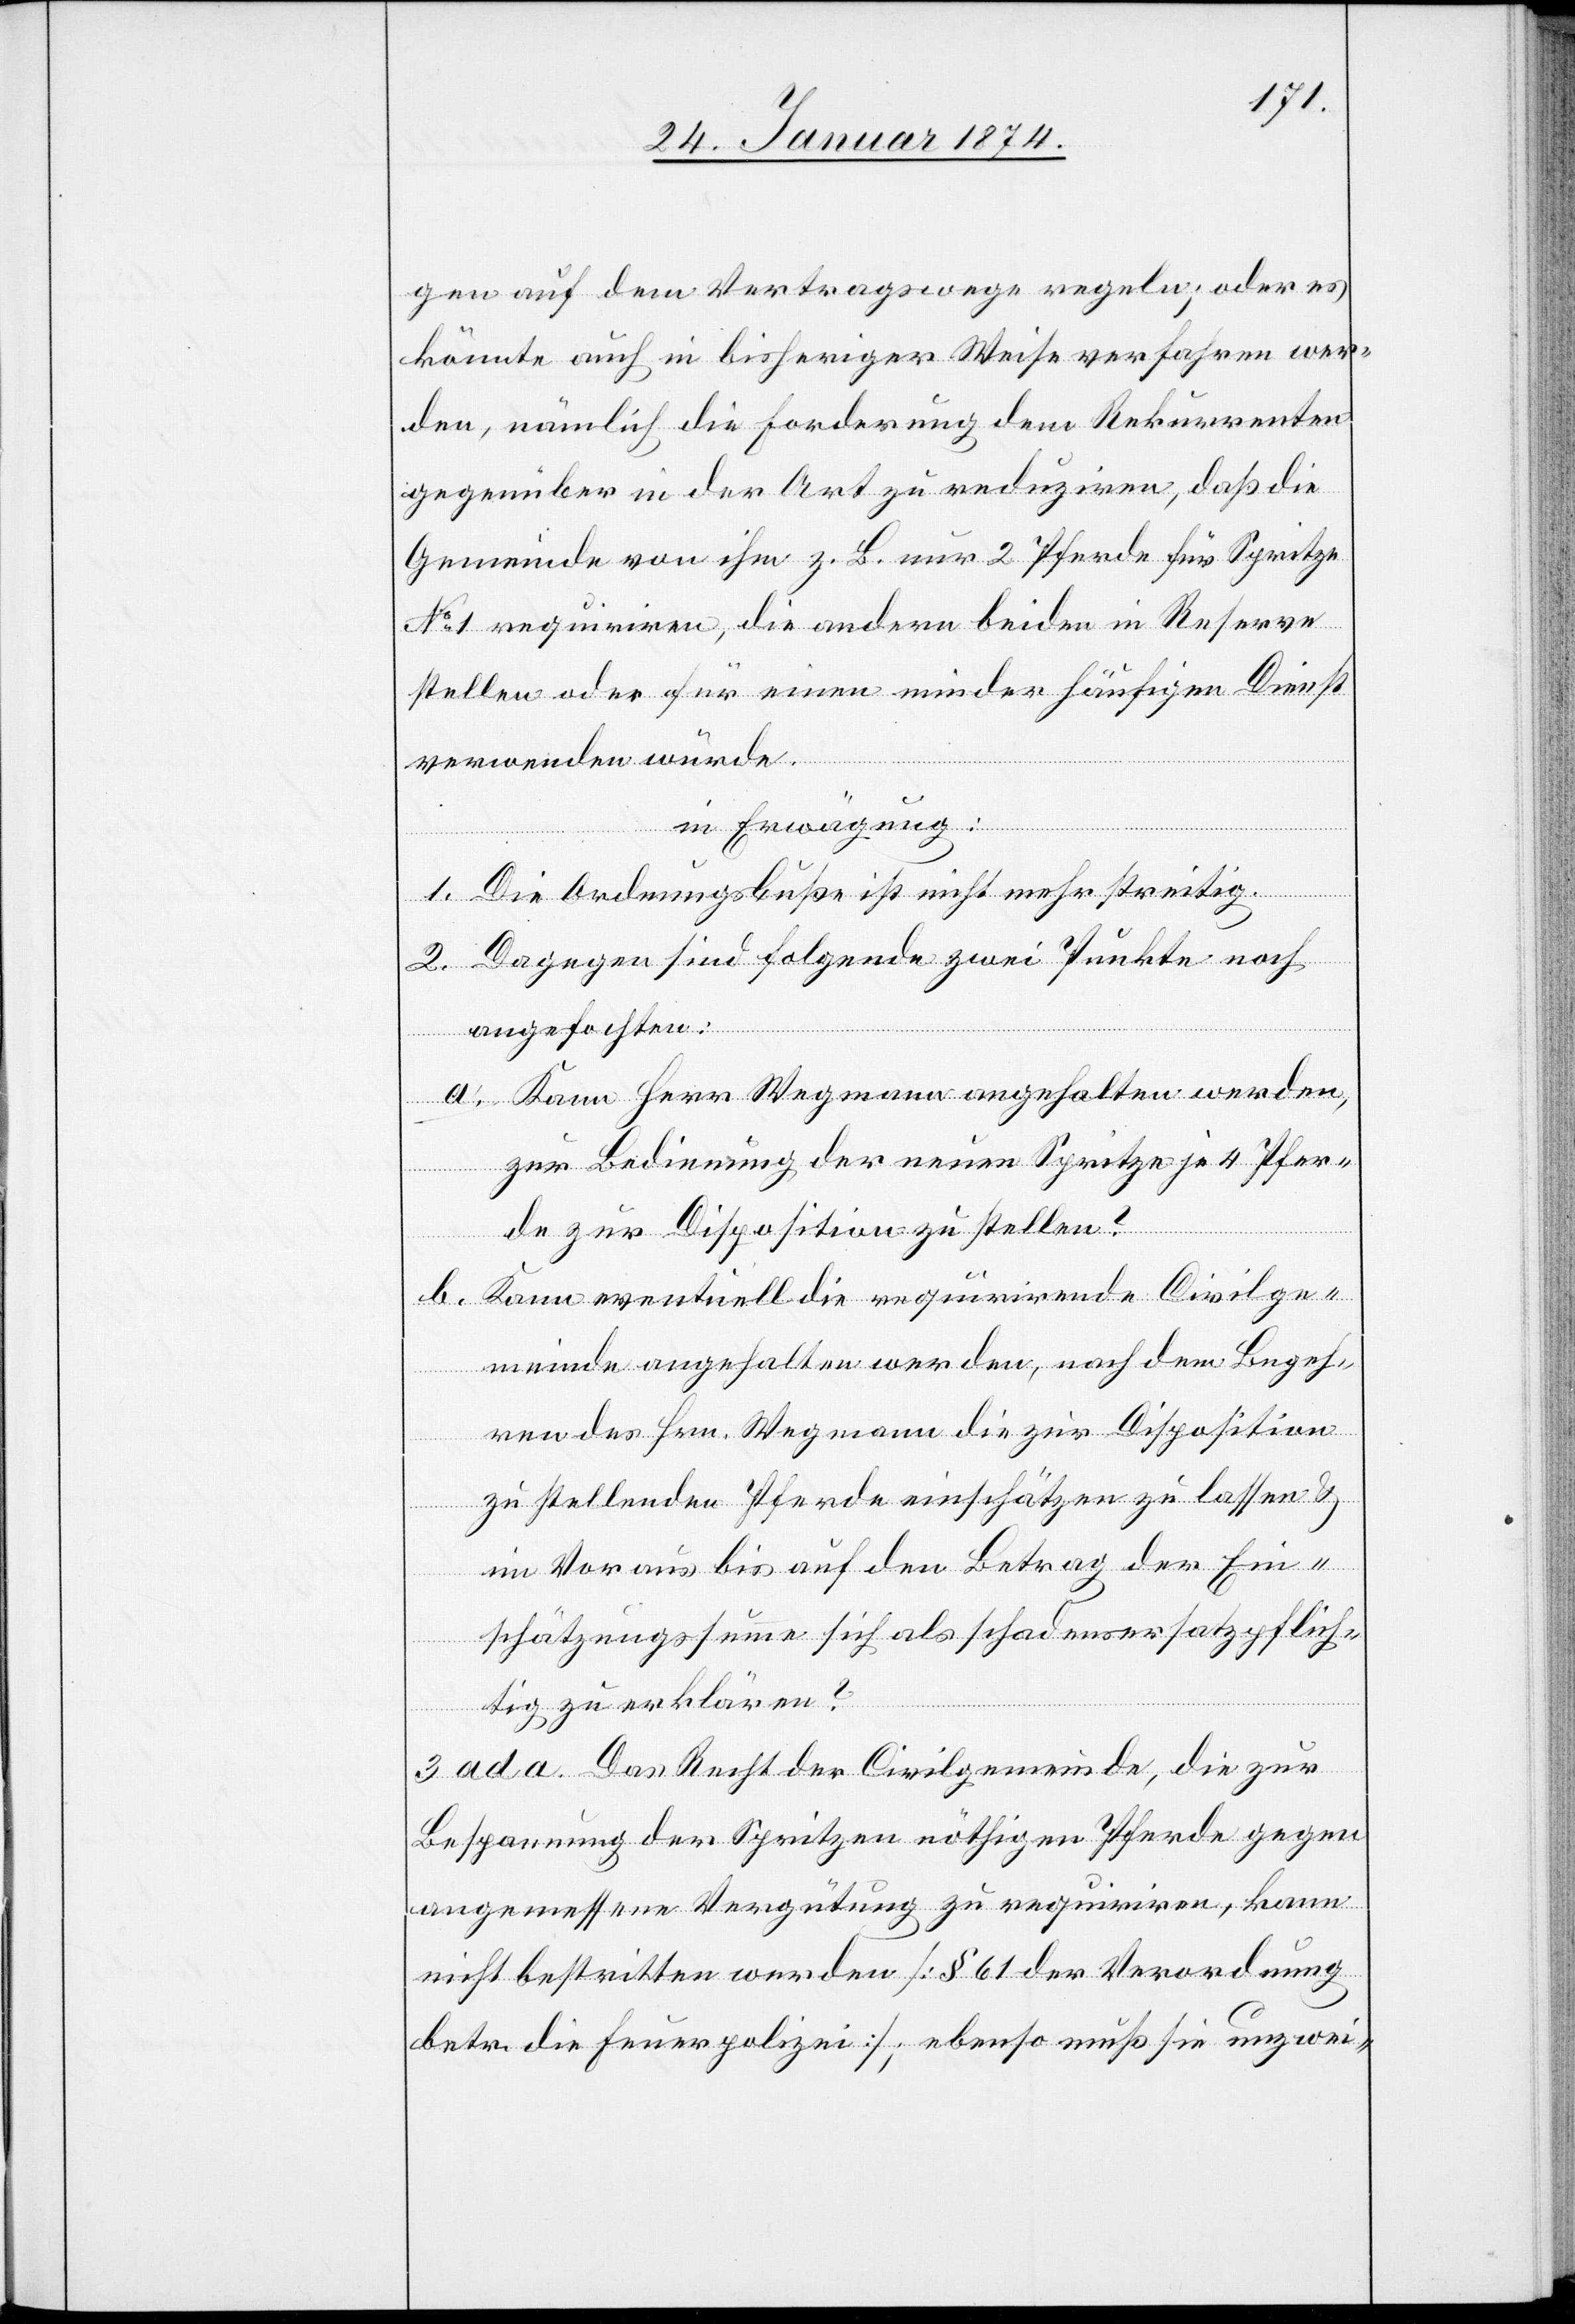
gen auf dem Vertragswege regeln; oder es
könnte auch in bisheriger Weise verfahren wer¬
den, nämlich die Forderung dem Rekurrenten
gegenüber in der Art zu reduziren, daß die
Gemeinde von ihm z. B. nur 2 Pferde für Spritze
No 1 requiriren, die andern beiden in Reserve
stellen oder für einen minderjährigen Dienste
verwenden würde.
In Erwägung:
1. Die Ordnungsbuße ist nicht mehr streitig.
2. Dagegen sind folgende zwei Punkte noch
angefochten:
a. Kann Herr Wegmann angehalten werden,
zur Bedienung der einen Spritze je 4 Pfer¬
de zur Disposition zu stellen?
b. Kann eventuell die requrrirrende Civilge¬
meinde angehalten werden, nach dem Begeh¬
ren des Hrn. Wegmann die zur Disposition
zu stellenden Pferde einschätzen zu lassen &
im Voraus bis auf den Betrag der Ein¬
schätzungssumme sich als schadenersatzpflich¬
tig zu erklären?
3 ad a. Das Recht der Civilgemeinde, die zur
Bespannung der Spritzen nöthigen Pferde gegen
angemessene Vergütung zu requiriren, kann
nicht bestritten werden [§ 61 der Verordnung
betr. die Feuerpolizei]; ebenso muß sie unzwei-